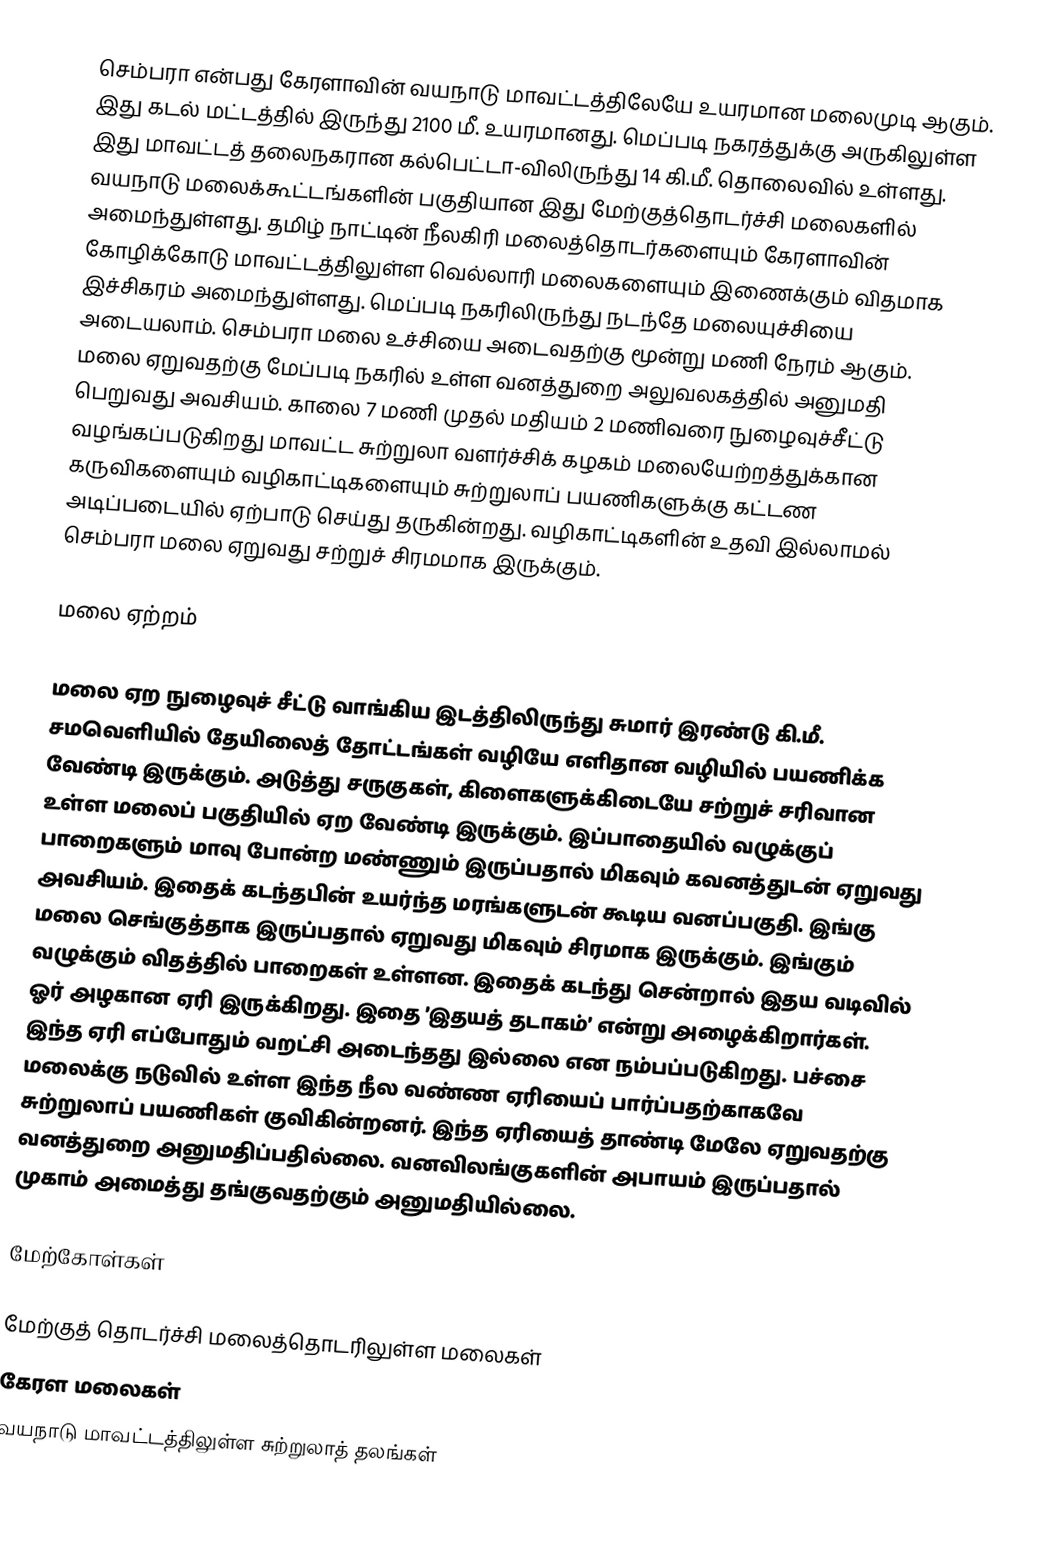
செம்பரா என்பது கேரளாவின் வயநாடு மாவட்டத்திலேயே உயரமான மலைமுடி ஆகும். இது கடல் மட்டத்தில் இருந்து 2100 மீ. உயரமானது. மெப்படி நகரத்துக்கு அருகிலுள்ள இது மாவட்டத் தலைநகரான கல்பெட்டா-விலிருந்து 14 கி.மீ. தொலைவில் உள்ளது. வயநாடு மலைக்கூட்டங்களின் பகுதியான இது மேற்குத்தொடர்ச்சி மலைகளில் அமைந்துள்ளது. தமிழ் நாட்டின் நீலகிரி மலைத்தொடர்களையும் கேரளாவின் கோழிக்கோடு மாவட்டத்திலுள்ள வெல்லாரி மலைகளையும் இணைக்கும் விதமாக இச்சிகரம் அமைந்துள்ளது. மெப்படி நகரிலிருந்து நடந்தே மலையுச்சியை அடையலாம். செம்பரா மலை உச்சியை அடைவதற்கு மூன்று மணி நேரம் ஆகும். மலை ஏறுவதற்கு மேப்படி நகரில் உள்ள வனத்துறை அலுவலகத்தில் அனுமதி பெறுவது அவசியம். காலை 7 மணி முதல் மதியம் 2 மணிவரை நுழைவுச்சீட்டு வழங்கப்படுகிறது மாவட்ட சுற்றுலா வளர்ச்சிக் கழகம் மலையேற்றத்துக்கான கருவிகளையும் வழிகாட்டிகளையும் சுற்றுலாப் பயணிகளுக்கு கட்டண அடிப்படையில் ஏற்பாடு செய்து தருகின்றது. வழிகாட்டிகளின் உதவி இல்லாமல் செம்பரா மலை ஏறுவது சற்றுச் சிரமமாக இருக்கும்.

மலை ஏற்றம்

மலை ஏற நுழைவுச் சீட்டு வாங்கிய இடத்திலிருந்து சுமார் இரண்டு கி.மீ. சமவெளியில் தேயிலைத் தோட்டங்கள் வழியே எளிதான வழியில் பயணிக்க வேண்டி இருக்கும். அடுத்து சருகுகள், கிளைகளுக்கிடையே சற்றுச் சரிவான உள்ள மலைப் பகுதியில் ஏற வேண்டி இருக்கும். இப்பாதையில் வழுக்குப் பாறைகளும் மாவு போன்ற மண்ணும் இருப்பதால் மிகவும் கவனத்துடன் ஏறுவது அவசியம். இதைக் கடந்தபின் உயர்ந்த மரங்களுடன் கூடிய வனப்பகுதி. இங்கு மலை செங்குத்தாக இருப்பதால் ஏறுவது மிகவும் சிரமாக இருக்கும். இங்கும் வழுக்கும் விதத்தில் பாறைகள் உள்ளன. இதைக் கடந்து சென்றால் இதய வடிவில் ஓர் அழகான ஏரி இருக்கிறது. இதை ’இதயத் தடாகம்’ என்று அழைக்கிறார்கள். இந்த ஏரி எப்போதும் வறட்சி அடைந்தது இல்லை என நம்பப்படுகிறது.  பச்சை மலைக்கு நடுவில் உள்ள இந்த நீல வண்ண ஏரியைப் பார்ப்பதற்காகவே சுற்றுலாப் பயணிகள் குவிகின்றனர். இந்த ஏரியைத் தாண்டி மேலே ஏறுவதற்கு வனத்துறை அனுமதிப்பதில்லை. வனவிலங்குகளின் அபாயம் இருப்பதால் முகாம் அமைத்து தங்குவதற்கும் அனுமதியில்லை.

மேற்கோள்கள்

மேற்குத் தொடர்ச்சி மலைத்தொடரிலுள்ள மலைகள்
கேரள மலைகள்
வயநாடு மாவட்டத்திலுள்ள சுற்றுலாத் தலங்கள்